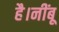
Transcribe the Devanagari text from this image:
है।नींबू